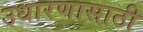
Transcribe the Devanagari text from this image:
उधारणासाठी